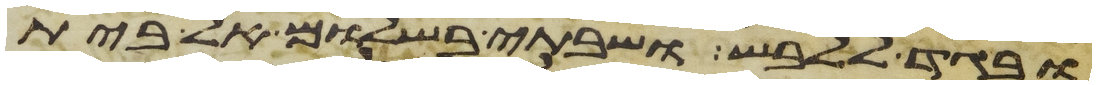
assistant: ובגד ללבש ושבתי בשלום אל בית